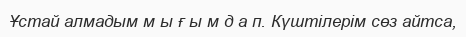
Ұстай алмадым м ы ғ ы м д а п. Күштілерім сөз айтса,